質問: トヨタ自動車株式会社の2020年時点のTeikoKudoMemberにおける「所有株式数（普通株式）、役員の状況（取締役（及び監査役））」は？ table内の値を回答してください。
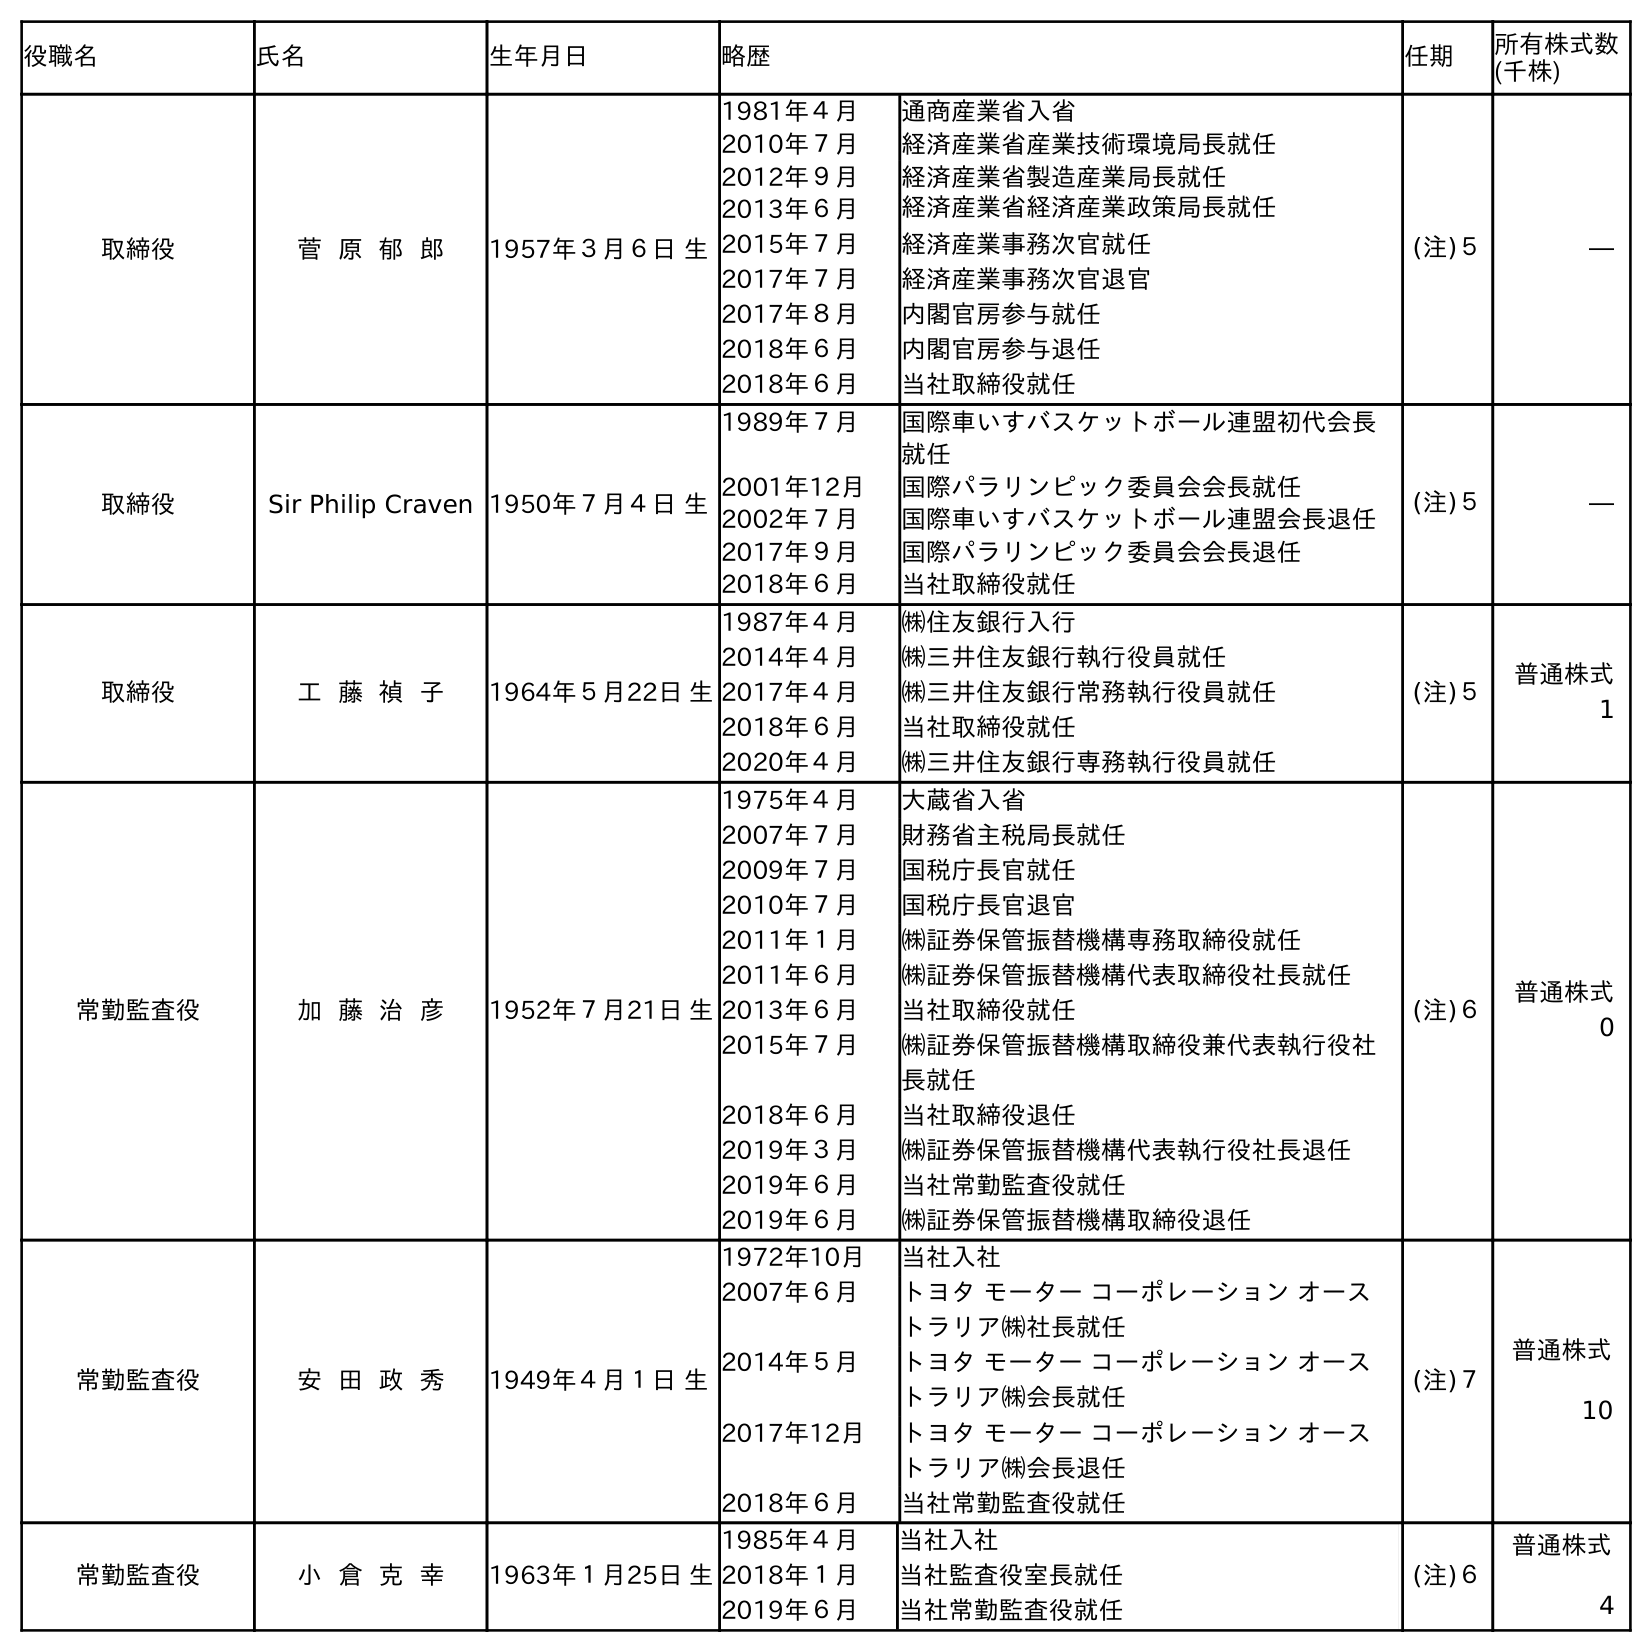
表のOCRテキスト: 役職名 氏名 生年月日 略歴 任期 所有株式数 (千株) 取締役 菅 原 郁 郎 1957年３月６日 生 1981年４月 通商産業省入省 2010年７月 経済産業省産業技術環境局長就任 2012年９月 経済産業省製造産業局長就任 2013年６月 経済産業省経済産業政策局長就任 2015年７月 経済産業事務次官就任 2017年７月 経済産業事務次官退官 2017年８月 内閣官房参与就任 2018年６月 内閣官房参与退任 2018年６月 当社取締役就任 (注)５ ― 取締役 Sir Philip Craven 1950年７月４日 生 1989年７月 国際車いすバスケットボール連盟初代会長 就任 2001年12月 国際パラリンピック委員会会長就任 2002年７月 国際車いすバスケットボール連盟会長退任 2017年９月 国際パラリンピック委員会会長退任 2018年６月 当社取締役就任 (注)５ ― 取締役 工 藤 禎 子 1964年５月22日 生 1987年４月 ㈱住友銀行入行 2014年４月 ㈱三井住友銀行執行役員就任 2017年４月 ㈱三井住友銀行常務執行役員就任 2018年６月 当社取締役就任 2020年４月 ㈱三井住友銀行専務執行役員就任 (注)５ 普通株式 1 常勤監査役 加 藤 治 彦 1952年７月21日 生 1975年４月 大蔵省入省 2007年７月 財務省主税局長就任 2009年７月 国税庁長官就任 2010年７月 国税庁長官退官 2011年１月 ㈱証券保管振替機構専務取締役就任 2011年６月 ㈱証券保管振替機構代表取締役社長就任 2013年６月 当社取締役就任 2015年７月 ㈱証券保管振替機構取締役兼代表執行役社 長就任 2018年６月 当社取締役退任 2019年３月 ㈱証券保管振替機構代表執行役社長退任 2019年６月 当社常勤監査役就任 2019年６月 ㈱証券保管振替機構取締役退任 (注)６ 普通株式 0 常勤監査役 安 田 政 秀 1949年４月１日 生 1972年10月 当社入社 2007年６月 トヨタ モーター コーポレーション オース トラリア㈱社長就任 2014年５月 トヨタ モーター コーポレーション オース トラリア㈱会長就任 2017年12月 トヨタ モーター コーポレーション オース トラリア㈱会長退任 2018年６月 当社常勤監査役就任 (注)７ 普通株式 10 常勤監査役 小 倉 克 幸 1963年１月25日 生 1985年４月 当社入社 2018年１月 当社監査役室長就任 2019年６月 当社常勤監査役就任 (注)６ 普通株式 4
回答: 普通株式1